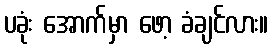
ပခုံး အောက်မှာ ဖော့ ခံချင်လား။